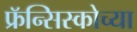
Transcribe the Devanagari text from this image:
फ्रॅन्सिस्कोच्या